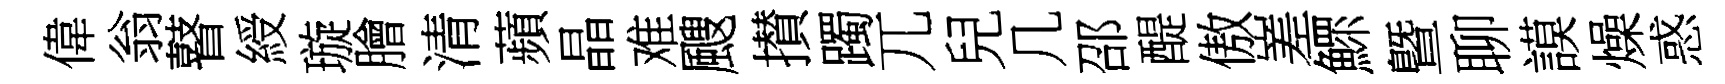
偉翁瞽綬璇膾清蘋晶难颼攅躅兀兒几邵醍傲嵳鰥曁聊謨燥惑